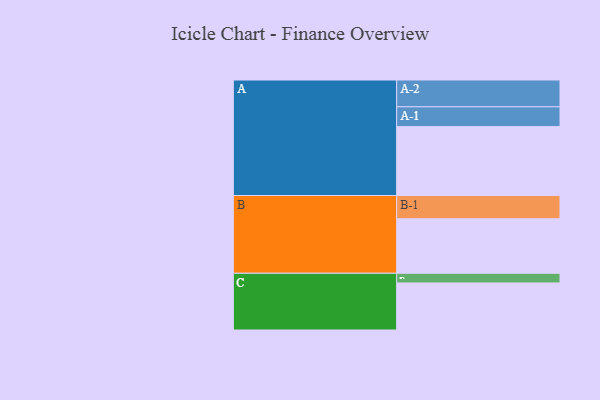
{"axis": {"x": "Segment", "y": "Value"}, "legend": ["", "A", "B", "C"], "data": [{"x": "A", "y": 599, "type": ""}, {"x": "B", "y": 474, "type": ""}, {"x": "C", "y": 409, "type": ""}, {"x": "A-1", "y": 172, "type": "A"}, {"x": "A-2", "y": 233, "type": "A"}, {"x": "B-1", "y": 202, "type": "B"}, {"x": "C-1", "y": 84, "type": "C"}]}